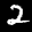
Label: 2